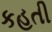
કહતી